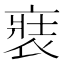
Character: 𧚌